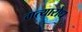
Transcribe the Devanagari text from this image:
गत्यारोध